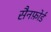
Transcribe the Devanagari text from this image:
सैनफ़ोर्ड